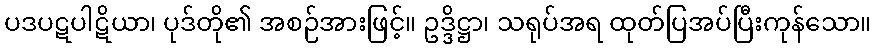
ပဒပဋပါဋိယာ၊ ပုဒ်တို၏ အစဉ်အားဖြင့်။ ဥဒ္ဒိဋ္ဌာ၊ သရုပ်အရ ထုတ်ပြအပ်ပြီးကုန်သော။